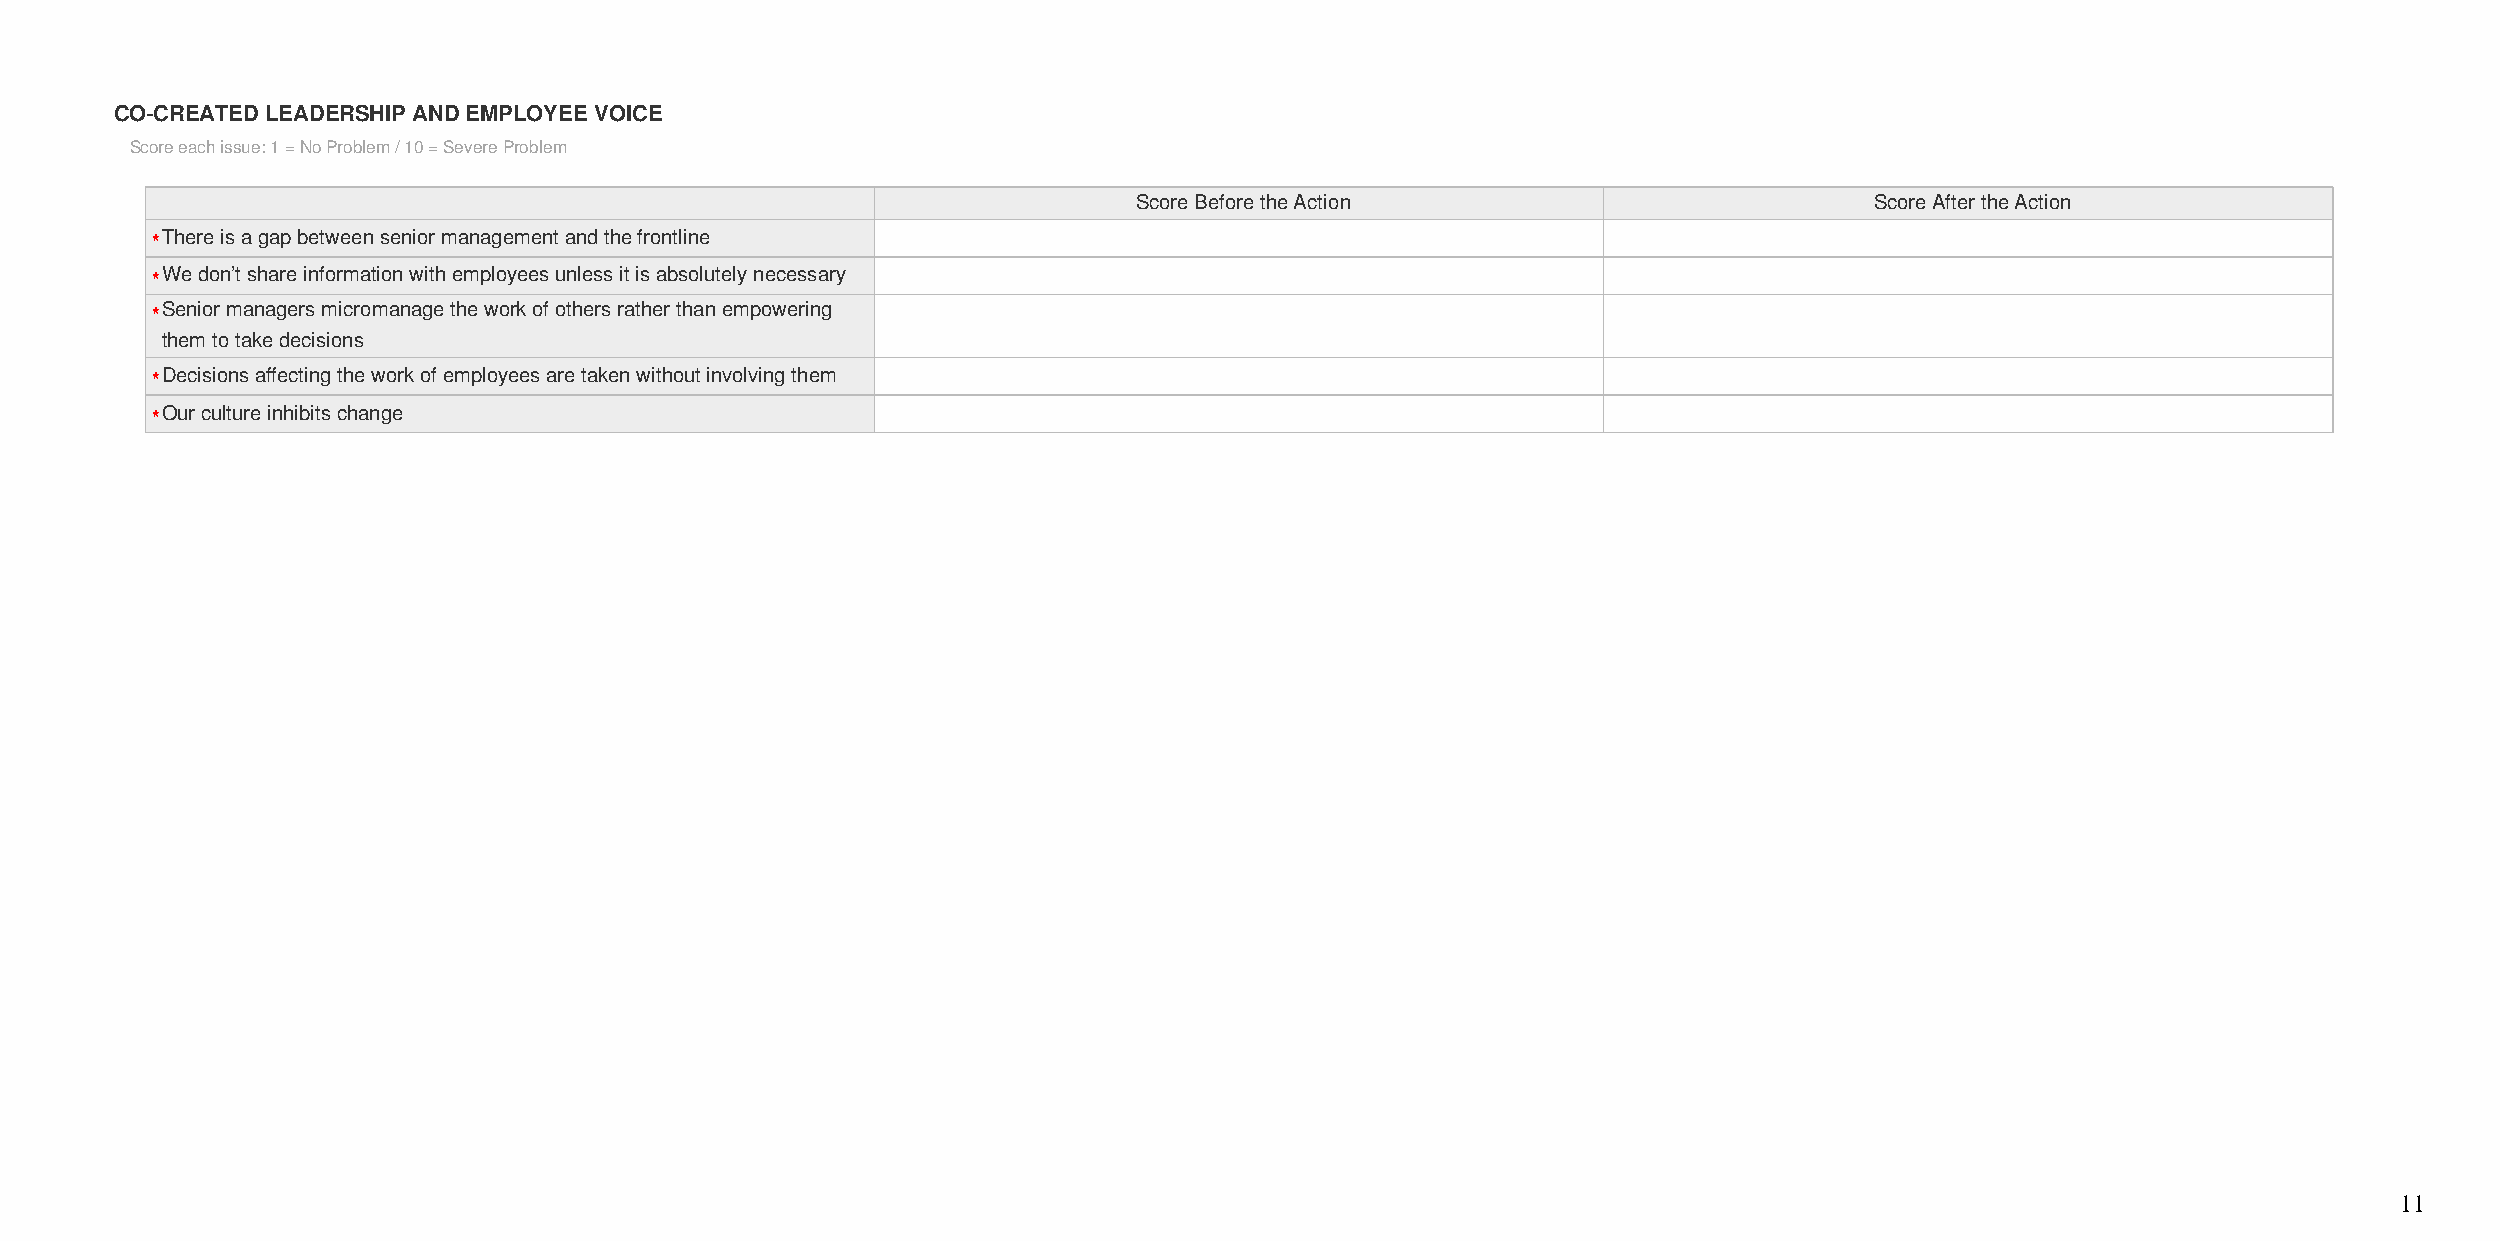
CO-CREATED LEADERSHIP AND EMPLOYEE VOICE
 Score each issue: 1 = No Problem / 10 = Severe Problem
 Score Before the Action                          Score After the Action
 *There is a gap between senior management and the frontline
 *We don’t share information with employees unless it is absolutely necessary
 *Senior managers micromanage the work of others rather than empowering
 them to take decisions
 *Decisions affecting the work of employees are taken without involving them
 *Our culture inhibits change
 11